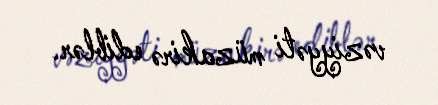
vəziyyəti müzakirə ediblər.